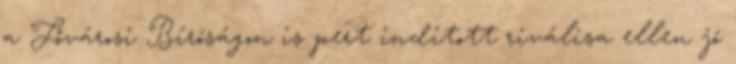
a Fővárosi Bíróságon is pert indított riválisa ellen jó